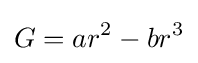
G=ar^{2}-br^{3}